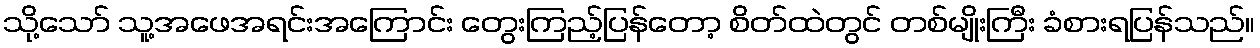
သို့သော် သူ့အဖေအရင်းအကြောင်း တွေးကြည့်ပြန်တော့ စိတ်ထဲတွင် တစ်မျိုးကြီး ခံစားရပြန်သည်။